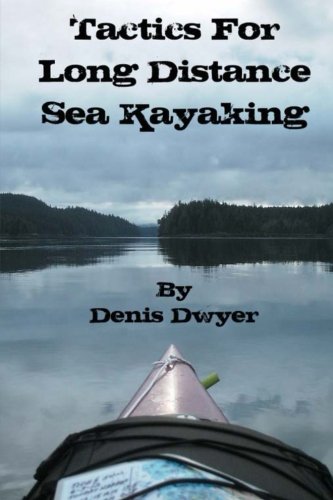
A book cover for Tactics for Long Distance Sea Kayaking; Denis Dwyer; Sports & Outdoors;